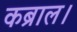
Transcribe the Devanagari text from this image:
कब्राल।